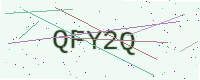
Text: QFY2Q